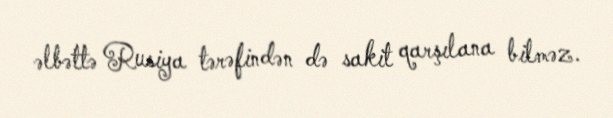
əlbəttə Rusiya tərəfindən də sakit qarşılana bilməz.